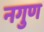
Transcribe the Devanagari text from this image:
नगुण